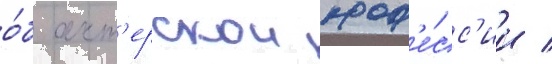
о́б акт'ерскои проф'е́сс'ии /